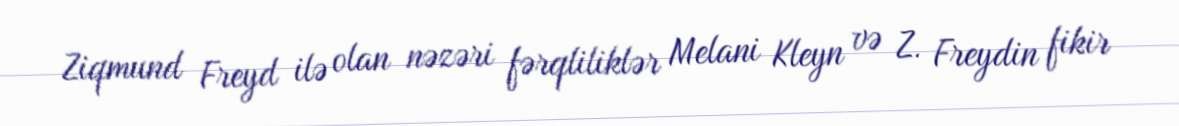
Ziqmund Freyd ilə olan nəzəri fərqliliklər Melani Kleyn və Z. Freydin fikir